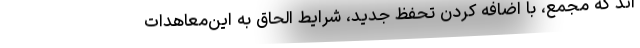
اند که مجمع، با اضافه کردن تحفّظ جدید، شرایط الحاق به این‌معاهدات